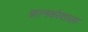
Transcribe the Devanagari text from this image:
ज्ञानकोशाला